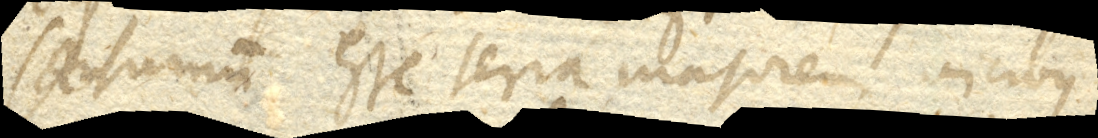
Saturnum esse terra majorem vicibus